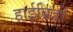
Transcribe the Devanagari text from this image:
हाईब्रिडों